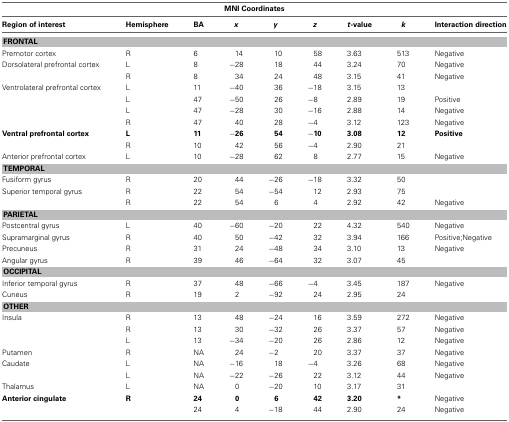
<table><thead><tr><td colspan="9"><b>MNI Coordinates</b></td></tr></thead><tbody><tr><td><b>Region of interest</b></td><td><b>Hemisphere</b></td><td><b>BA</b></td><td><b><i>x</i></b></td><td><b><i>y</i></b></td><td><b><i>z</i></b></td><td><b><i>t</i>-value</b></td><td><b><i>k</i></b></td><td><b>Interaction direction</b></td></tr><tr><td colspan="9"><b>FRONTAL</b></td></tr><tr><td>Premotor cortex</td><td>R</td><td>6</td><td>14</td><td>10</td><td>58</td><td>3.63</td><td>513</td><td>Negative</td></tr><tr><td>Dorsolateral prefrontal cortex</td><td>L</td><td>8</td><td>−28</td><td>18</td><td>44</td><td>3.24</td><td>70</td><td>Negative</td></tr><tr><td></td><td>R</td><td>8</td><td>34</td><td>24</td><td>48</td><td>3.15</td><td>41</td><td>Negative</td></tr><tr><td>Ventrolateral prefrontal cortex</td><td>L</td><td>11</td><td>−40</td><td>36</td><td>−18</td><td>3.15</td><td>13</td><td></td></tr><tr><td></td><td>L</td><td>47</td><td>−50</td><td>26</td><td>−8</td><td>2.89</td><td>19</td><td>Positive</td></tr><tr><td></td><td>L</td><td>47</td><td>−28</td><td>30</td><td>−16</td><td>2.88</td><td>14</td><td>Negative</td></tr><tr><td></td><td>R</td><td>47</td><td>40</td><td>28</td><td>−4</td><td>3.12</td><td>123</td><td>Negative</td></tr><tr><td><b>Ventral prefrontal cortex</b></td><td><b>L</b></td><td><b>11</b></td><td>−<b>26</b></td><td><b>54</b></td><td>−<b>10</b></td><td><b>3.08</b></td><td><b>12</b></td><td><b>Positive</b></td></tr><tr><td></td><td>R</td><td>10</td><td>42</td><td>56</td><td>−4</td><td>2.90</td><td>21</td><td></td></tr><tr><td>Anterior prefrontal cortex</td><td>L</td><td>10</td><td>−28</td><td>62</td><td>8</td><td>2.77</td><td>15</td><td>Negative</td></tr><tr><td colspan="9"><b>TEMPORAL</b></td></tr><tr><td>Fusiform gyrus</td><td>R</td><td>20</td><td>44</td><td>−26</td><td>−18</td><td>3.32</td><td>50</td><td></td></tr><tr><td>Superior temporal gyrus</td><td>R</td><td>22</td><td>54</td><td>−54</td><td>12</td><td>2.93</td><td>75</td><td></td></tr><tr><td></td><td>R</td><td>22</td><td>54</td><td>6</td><td>4</td><td>2.92</td><td>42</td><td>Negative</td></tr><tr><td colspan="9"><b>PARIETAL</b></td></tr><tr><td>Postcentral gyrus</td><td>L</td><td>40</td><td>−60</td><td>−20</td><td>22</td><td>4.32</td><td>540</td><td>Negative</td></tr><tr><td>Supramarginal gyrus</td><td>R</td><td>40</td><td>50</td><td>−42</td><td>32</td><td>3.94</td><td>166</td><td>Positive; Negative</td></tr><tr><td>Precuneus</td><td>R</td><td>31</td><td>24</td><td>−48</td><td>34</td><td>3.10</td><td>13</td><td>Negative</td></tr><tr><td>Angular gyrus</td><td>R</td><td>39</td><td>46</td><td>−64</td><td>32</td><td>3.07</td><td>45</td><td></td></tr><tr><td colspan="9"><b>OCCIPITAL</b></td></tr><tr><td>Inferior temporal gyrus</td><td>R</td><td>37</td><td>48</td><td>−66</td><td>−4</td><td>3.45</td><td>187</td><td>Negative</td></tr><tr><td>Cuneus</td><td>R</td><td>19</td><td>2</td><td>−92</td><td>24</td><td>2.95</td><td>24</td><td></td></tr><tr><td colspan="9"><b>OTHER</b></td></tr><tr><td>Insula</td><td>R</td><td>13</td><td>48</td><td>−24</td><td>16</td><td>3.59</td><td>272</td><td>Negative</td></tr><tr><td></td><td>R</td><td>13</td><td>30</td><td>−32</td><td>26</td><td>3.37</td><td>57</td><td>Negative</td></tr><tr><td></td><td>L</td><td>13</td><td>−34</td><td>−20</td><td>26</td><td>2.86</td><td>12</td><td>Negative</td></tr><tr><td>Putamen</td><td>R</td><td>NA</td><td>24</td><td>−2</td><td>20</td><td>3.37</td><td>37</td><td>Negative</td></tr><tr><td>Caudate</td><td>L</td><td>NA</td><td>−16</td><td>18</td><td>−4</td><td>3.26</td><td>68</td><td>Negative</td></tr><tr><td></td><td>L</td><td>NA</td><td>−22</td><td>−26</td><td>22</td><td>3.12</td><td>44</td><td>Negative</td></tr><tr><td>Thalamus</td><td>L</td><td>NA</td><td>0</td><td>−20</td><td>10</td><td>3.17</td><td>31</td><td></td></tr><tr><td><b>Anterior cingulate</b></td><td><b>R</b></td><td><b>24</b></td><td><b>0</b></td><td><b>6</b></td><td><b>42</b></td><td><b>3.20</b></td><td><b><sup>*</sup></b></td><td>Negative</td></tr><tr><td></td><td></td><td>24</td><td>4</td><td>−18</td><td>44</td><td>2.90</td><td>24</td><td>Negative</td></tr></tbody></table>